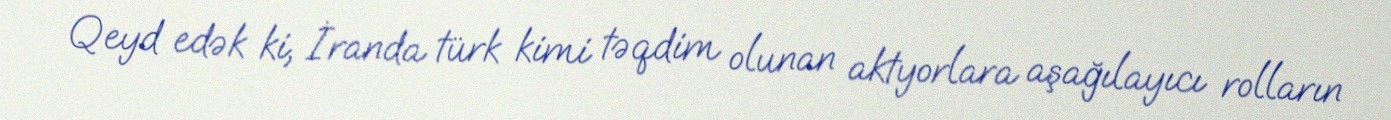
Qeyd edək ki, İranda türk kimi təqdim olunan aktyorlara aşağılayıcı rolların